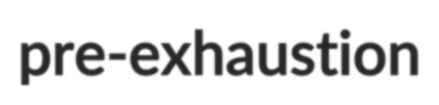
pre-exhaustion